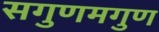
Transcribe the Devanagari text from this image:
सगुणमगुण